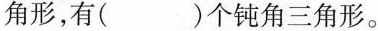
角形，有( )个钝角三角形。